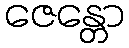
ဇေန္တော